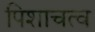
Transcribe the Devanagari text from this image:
पिशाचत्व